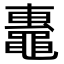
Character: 𬹢